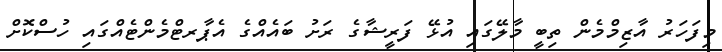
މިފަހަރު އާޒިމްމެން ތިބީ މާލޭގައި އުޅޭ ފަރީޝާގެ ރަށު ބައެއްގެ އެޕާރޓްމެންޓެއްގައި ހުސްކޮށް